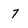
Character: 7